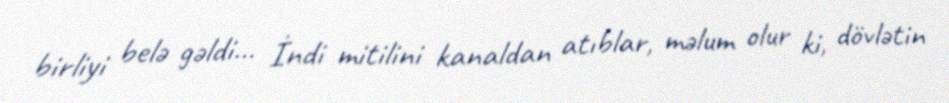
birliyi belə gəldi... İndi mitilini kanaldan atıblar, məlum olur ki, dövlətin